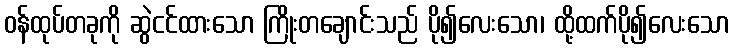
ဝန်ထုပ်တခုကို ဆွဲငင်ထားသော ကြိုးတချောင်းသည် ပို၍လေးသော၊ ထို့ထက်ပို၍လေးသော